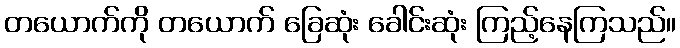
တယောက်ကို တယောက် ခြေဆုံး ခေါင်းဆုံး ကြည့်နေကြသည်။